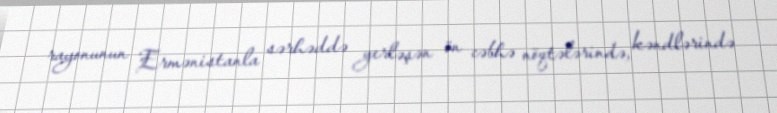
rayonunun Ermənistanla sərhəddə yerləşən ön cəbhə nöqtələrində, kəndlərində